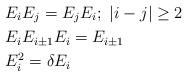
LaTeX: \begin{align*} &E_i E_j = E_j E_i; \ |i-j| \geq 2 \\ &E_i E_{i \pm 1} E_i = E_{i\pm 1} \\ &E_i^2=\delta E_i\end{align*}